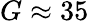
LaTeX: G\approx 35